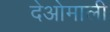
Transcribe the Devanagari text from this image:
देओमाली